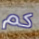
كم